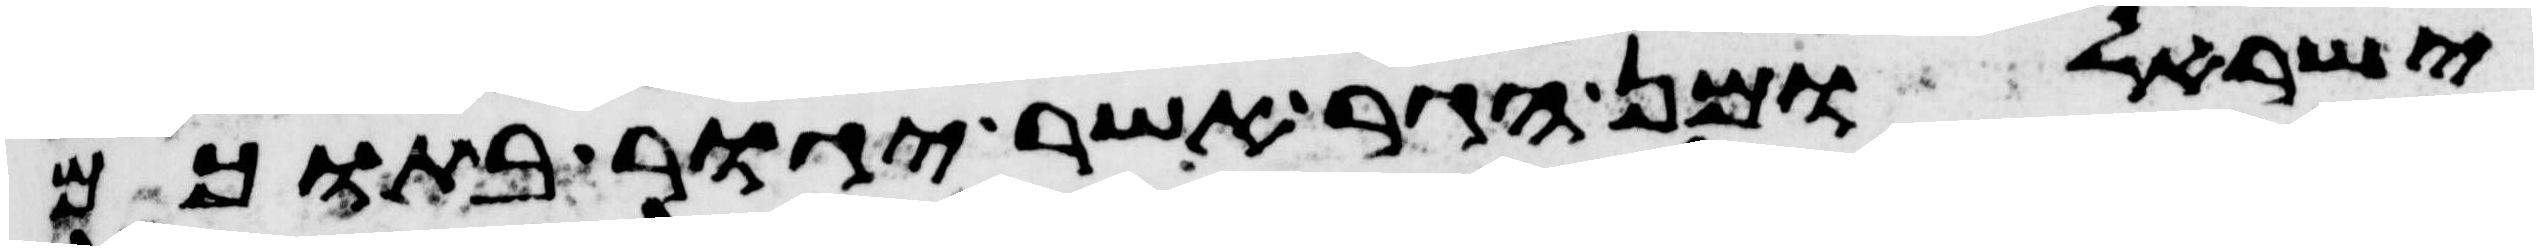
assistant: ישראל ומן הגר אשר יגור בתוכם